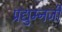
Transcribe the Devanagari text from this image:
प्रद्युम्नजी